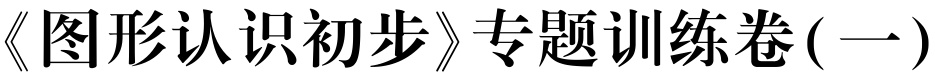
《图形认识初步》专题训练卷(一)